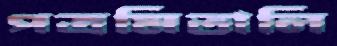
পত্রমিতালি